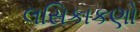
લસિકાકણો